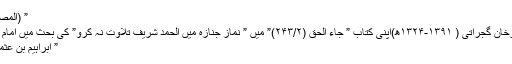
” (المصابیح فی صلاۃ التراویح : ۱۷)
تنبیہ: امام بریلویت احمد یار رخان گجراتی ( ۱۳۹۱-۱۳۲۴ھ)اپنی کتاب ” جاء الحق (۲۴۳/۲)” میں ” نمازِ جنازہ میں الحمد شریف تلاوت نہ کرو” کی بحث میں امامِ ترمذی ؒ سے نقل کرتے ہیں :
” ابراہیم بن عثمان ابو شیبہ منکر ِ حدیث ہے۔